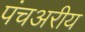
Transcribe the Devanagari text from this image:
पंचअरीय